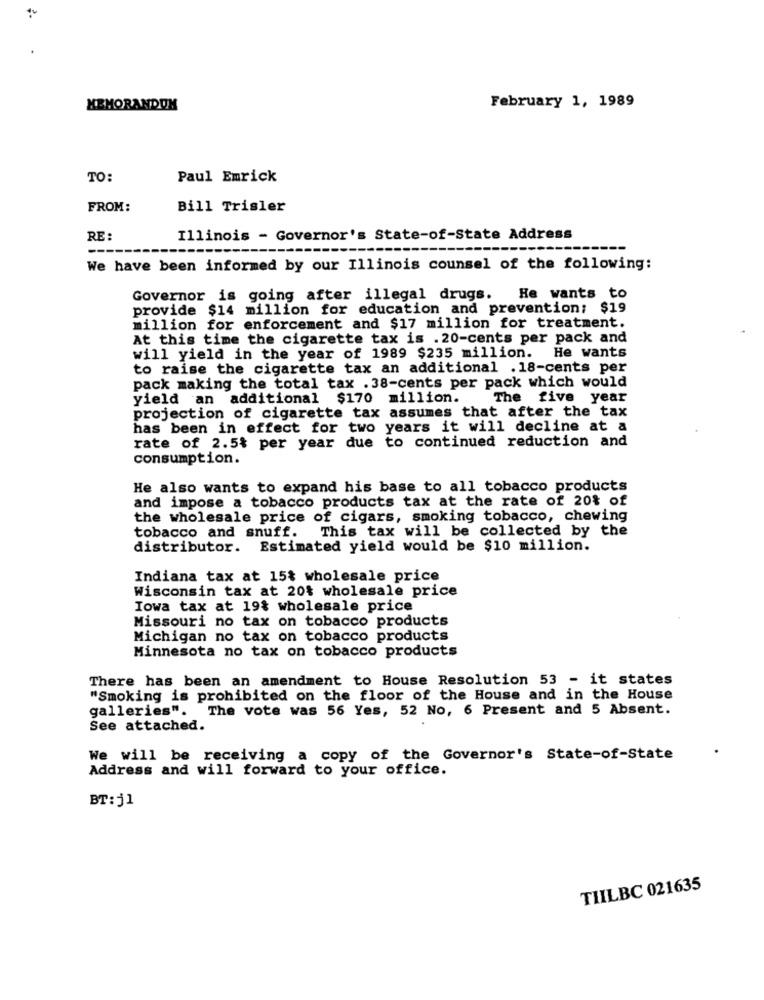
MEMORANDUM
February 1, 1989
TO:
Paul Emrick
FROM:
Bill Trisler
RE :
Illinois - Governor's State-of-State Address
----
We have been informed by our Illinois counsel of the following:
Governor is going after illegal drugs. He wants to
provide $14 million for education and prevention: $19
million for enforcement and $17 million for treatment.
At this time the cigarette tax is . 20-cents per pack and
will yield in the year of 1989 $235 million.
He wants
to raise the cigarette tax an additional .18-cents per
pack making the total tax .38-cents per pack which would
yield an additional $170 million.
The five year
projection of cigarette tax assumes that after the tax
has been in effect for two years it will decline at a
rate of 2.5% per year due to continued reduction and
consumption.
He also wants to expand his base to all tobacco products
and impose a tobacco products tax at the rate of 20% of
the wholesale price of cigars, smoking tobacco, chewing
tobacco and snuff. This tax will be collected by the
distributor. Estimated yield would be $10 million.
Indiana tax at 15% wholesale price
Wisconsin tax at 20% wholesale price
Iowa tax at 19% wholesale price
Missouri no tax on tobacco products
Michigan no tax on tobacco products
Minnesota no tax on tobacco products
There has been an amendment to House Resolution 53 - it states
"Smoking is prohibited on the floor of the House and in the House
galleries". The vote was 56 Yes, 52 No, 6 Present and 5 Absent.
See attached.
We will be receiving a copy of the Governor's State-of-State
Address and will forward to your office.
BT: j1
TILBC 021635